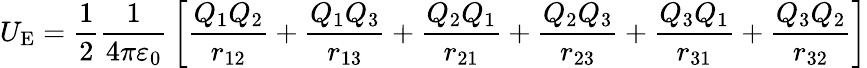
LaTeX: U_{\mathrm{E}}={\frac{1}{2}}{\frac{1}{4\pi\varepsilon_{0}}}\left[{\frac{Q_{1}Q_{2}}{r_{12}}}+{\frac{Q_{1}Q_{3}}{r_{13}}}+{\frac{Q_{2}Q_{1}}{r_{21}}}+{\frac{Q_{2}Q_{3}}{r_{23}}}+{\frac{Q_{3}Q_{1}}{r_{31}}}+{\frac{Q_{3}Q_{2}}{r_{32}}}\right]